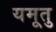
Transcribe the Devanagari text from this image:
यमूतु